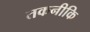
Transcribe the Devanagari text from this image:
तकनीकि